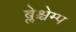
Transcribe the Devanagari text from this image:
ब्लेश्चेम्प